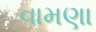
વામણા